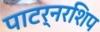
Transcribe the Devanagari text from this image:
पाटर्नरशिप